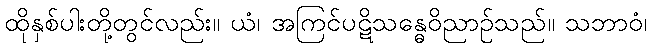
ထိုနှစ်ပါးတို့တွင်လည်း။ ယံ၊ အကြင်ပဋိသန္ဓေဝိညာဉ်သည်။ သဘာဝံ၊